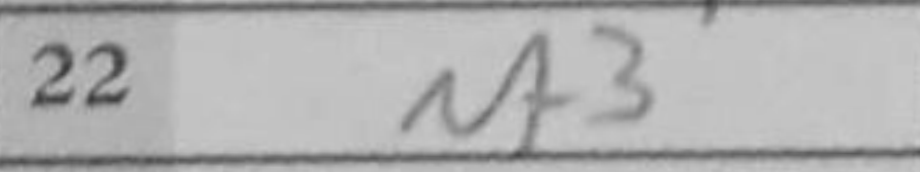
Transcription: Nf3